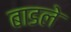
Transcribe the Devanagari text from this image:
बाडले